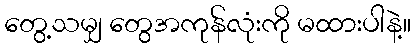
တွေ့သမျှ တွေအကုန်လုံးကို မထားပါနဲ့။